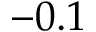
- 0 . 1